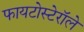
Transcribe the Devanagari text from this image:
फायटोस्टेरॉले